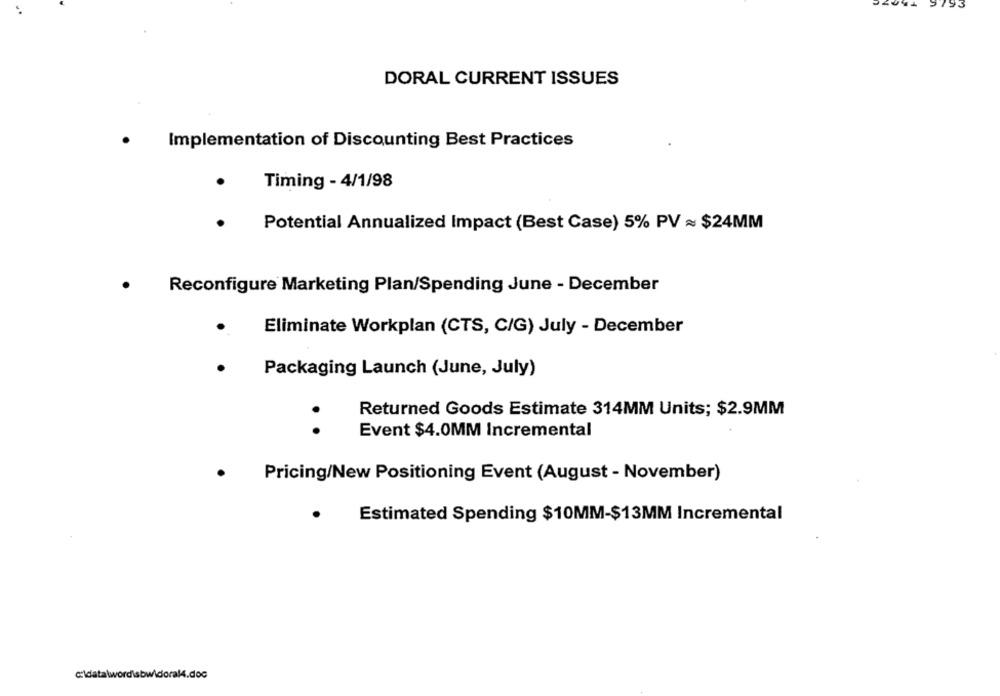
DORAL CURRENT ISSUES
Implementation of Discounting Best Practices
Timing - 4/1/98
Potential Annualized Impact (Best Case) 5% PV = $24MM
Reconfigure Marketing Plan/Spending June - December
Eliminate Workplan (CTS, C/G) July - December
Packaging Launch (June, July)
Returned Goods Estimate 314MM Units; $2.9MM
. .
Event $4.0MM Incremental
Pricing/New Positioning Event (August - November)
Estimated Spending $10MM-$13MM Incremental